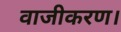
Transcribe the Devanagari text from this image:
वाजीकरण।